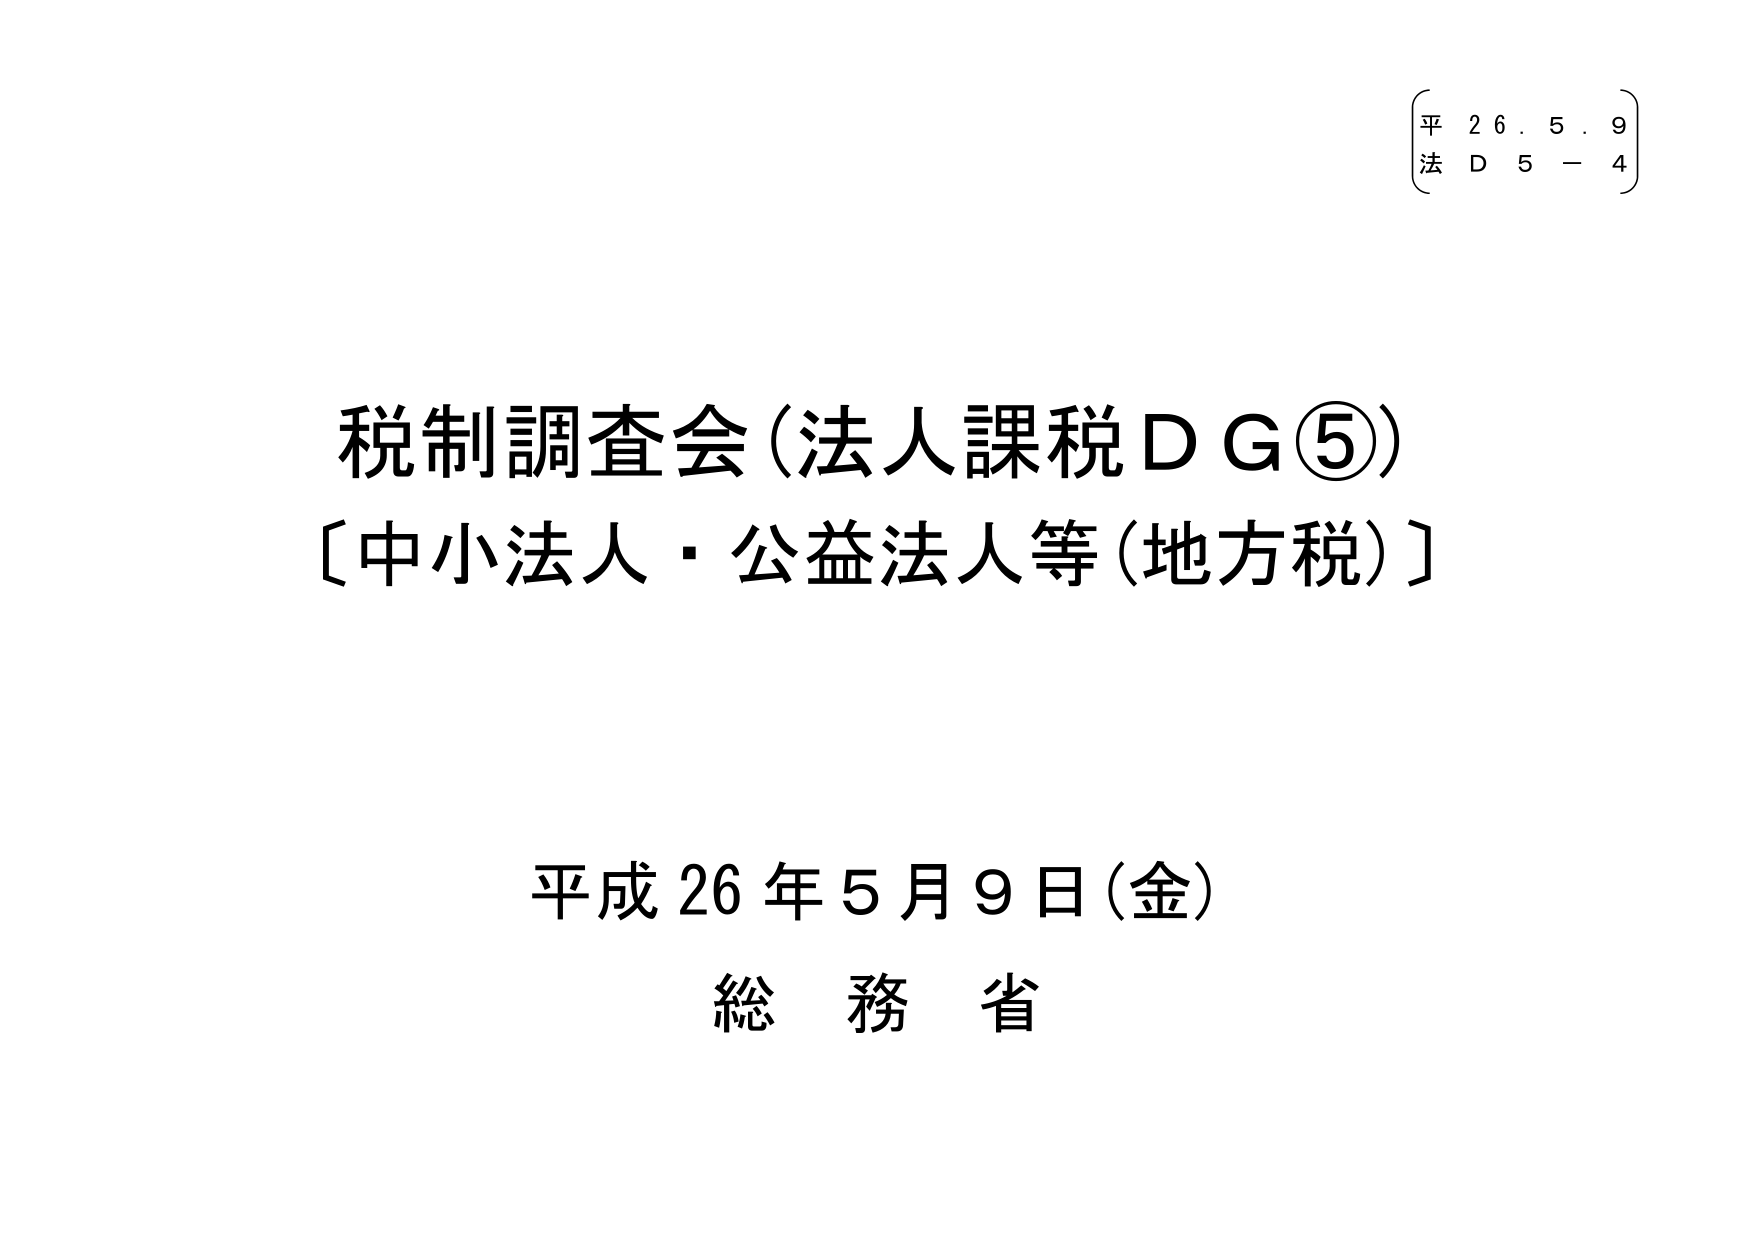
平 26.5.9
法 D 5 - 4

税制調査会（法人課税ＤＧ⑤）
〔中小法人・公益法人等（地方税）〕

平成26年5月9日（金）
総務省